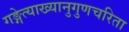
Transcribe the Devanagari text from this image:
गङ्गेत्याख्यानुगुणचरिता